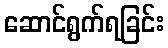
ဆောင်ရွက်ရခြင်း